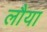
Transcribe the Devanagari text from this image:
लौया